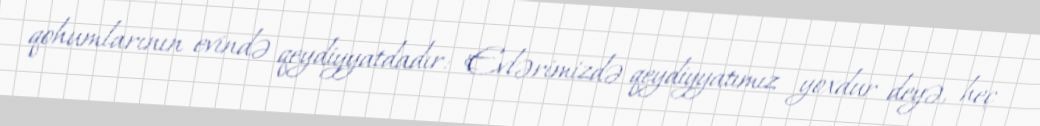
qohumlarının evində qeydiyyatdadır: "Evlərimizdə qeydiyyatımız yoxdur deyə, heç